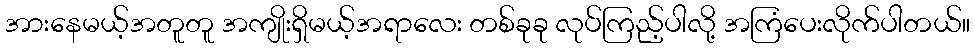
အားနေမယ့်အတူတူ အကျိုးရှိမယ့်အရာလေး တစ်ခုခု လုပ်ကြည့်ပါလို့ အကြံပေးလိုက်ပါတယ်။